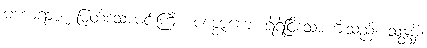
မဟာရာဇ၊ မြတ်သောမင်းကြီး။ ပဇ္ဇောကေ၊ ရဲရဲငြိသော မီးသည်။ သန္တမှိ၊